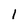
Character: 1